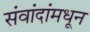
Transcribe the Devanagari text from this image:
संवांदांमधून